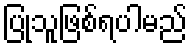
ပြုသူဖြစ်ရပါမည်